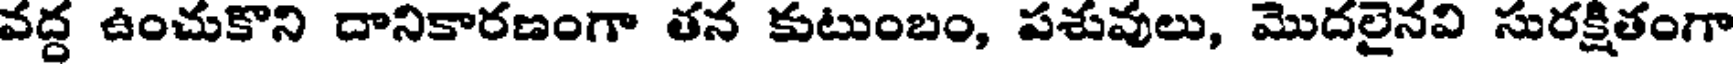
వద్ద ఉంచుకొని దానికారణంగా తన కుటుంబం, పశువులు, మొదలైనవి సురక్షితంగా